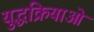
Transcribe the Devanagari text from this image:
युद्धक्रियाओं